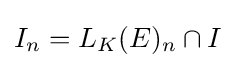
I_{n}=L_{K}(E)_{n}\cap I